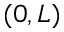
( 0 , L )